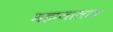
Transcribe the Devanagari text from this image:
महाजालात